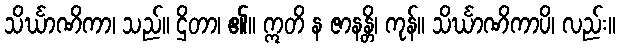
သိင်္ဃာဏိကာ၊ သည်။ ဌိတာ၊ ၏။ ဣတိ န ဇာနန္တိ၊ ကုန်။ သိင်္ဃာဏိကာပိ၊ လည်း။